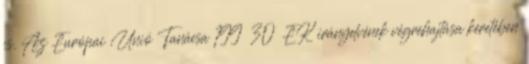
is. Az Európai Unió Tanácsa 199 30 EK irányelvének végrehajtása keretében